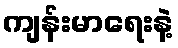
ကျန်းမာရေးနဲ့